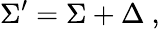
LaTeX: \Sigma^{\prime}=\Sigma+\Delta\ ,